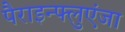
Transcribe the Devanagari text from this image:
पैराइन्फ्लुएंजा